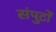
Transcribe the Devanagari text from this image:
संपुटों